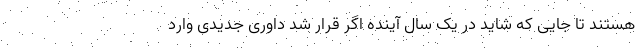
هستند تا جایی که شاید در یک سال آینده اگر قرار شد داوری جدیدی وارد